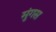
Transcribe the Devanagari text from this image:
मुंगस